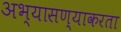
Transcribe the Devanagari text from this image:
अभ्यासण्याकरता